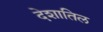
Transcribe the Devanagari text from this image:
देशातिल